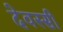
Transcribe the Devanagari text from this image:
देवस्सी